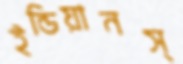
ইন্ডিয়ানস্